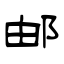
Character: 邮